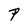
Character: P